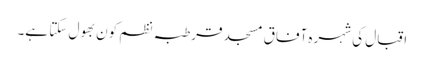
اقبال کی شہرہ آفاق مسجد قرطبہ نظم کون بھول سکتا ہے۔